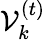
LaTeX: \mathcal{V}_{k}^{(t)}